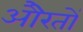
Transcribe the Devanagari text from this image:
औेरतों